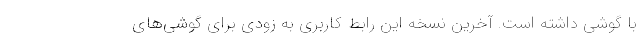
با گوشی داشته است. آخرین نسخه این رابط کاربری به زودی برای گوشی‌های